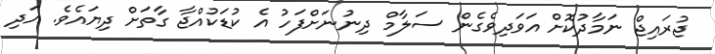
ޖުރައިޖް ނަމާދުކޮށް އަވަދިވެގެން ސަލާމް ދިނުނަށްފަހު އެ ކުޑަކުއްޖާ ގާތަށް ދިޔައެވެ. އަދި